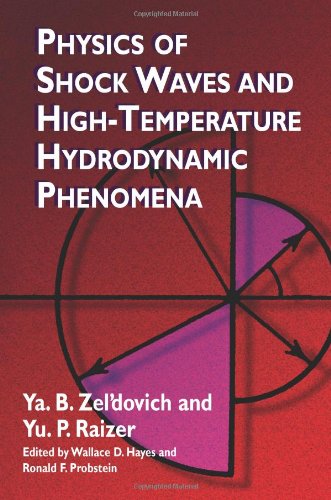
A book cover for Physics of Shock Waves and High-Temperature Hydrodynamic Phenomena (Dover Books on Physics); Ya. B. ZelEEdovich; Science & Math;